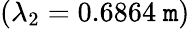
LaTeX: (\lambda_{2}=0.6864~\mathtt{m})